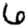
Digit: 6